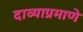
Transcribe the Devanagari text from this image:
दाव्याप्रमाणे